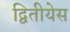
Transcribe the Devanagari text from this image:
द्वितीयेस